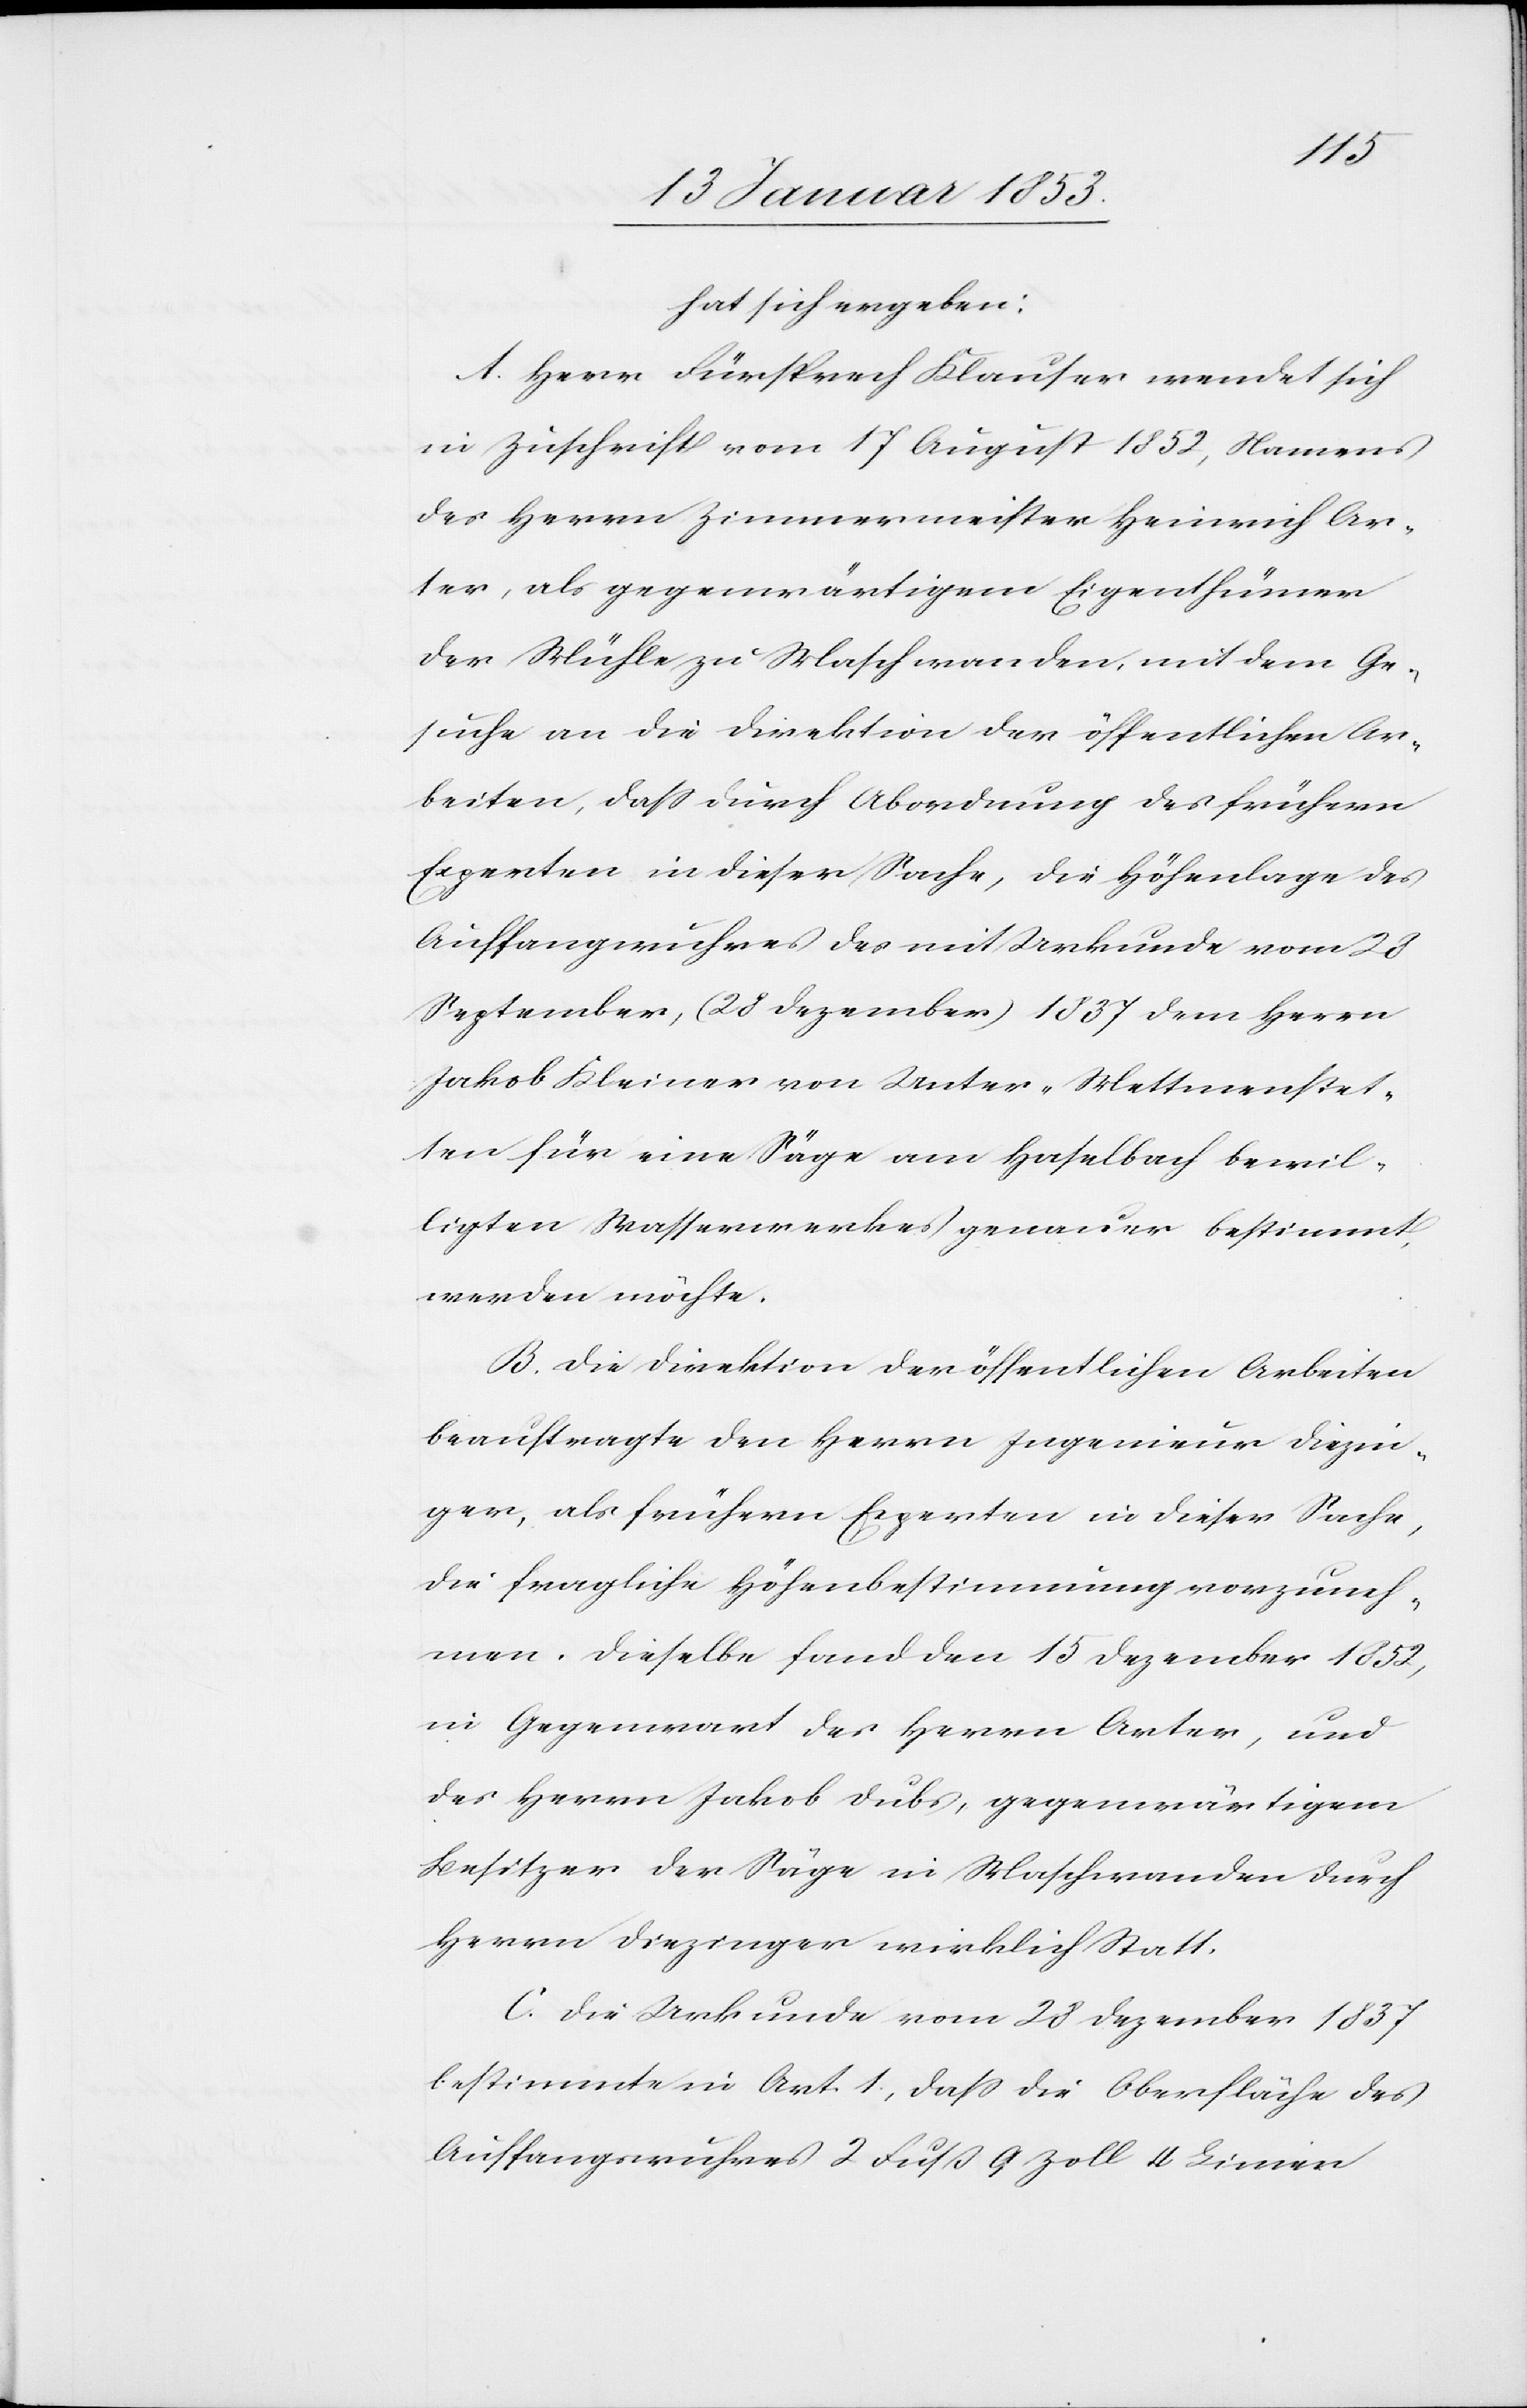
hat sich ergeben:
Herr Fürsprech Klauser wendet sich
in Zuschrift vom 17 August 1852, Namens
des Herrn Zimmermeister Heinrich Ar¬
ter, als gegenwärtigem Eigenthümer
der Mühle zu Maschwanden, mit dem Ge¬
suche an die Direktion der öffentlichen Ar¬
beiten, daß durch Abordnung des frühern
Experten in dieser Sache, die Höhenlage des
Auffangwuhres des mit Urkunde vom 28
September, (28 Dezember) 1837 dem Herrn
Jakob Kleiner von Unter-Mettmenstet¬
ten für eine Säge am Haselbach bewil¬
ligten Wasserwerkes genauer bestimmt
werden möchte.
Die Direktion der öffentlichen Arbeiten
beauftragte den Herrn Ingenieur Diezin¬
ger, als frühern Experten in dieser Sache,
die fragliche Höhenbestimmung vorzuneh¬
men. Dieselbe fand den 15 Dezember 1852,
in Gegenwart des Herrn Arter, und
des Herrn Jakob Dubs, gegenwärtigem
Besitzer der Säge in Maschwanden durch
Herrn Diezinger wirklich Statt.
Die Urkunde vom 28 Dezember 1837
bestimmte in Art. 1., daß die Oberfläche des
Auffangwuhres 2 Fuß 9 Zoll Linien